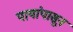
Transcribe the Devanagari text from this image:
पायांपासून